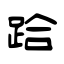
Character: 跲